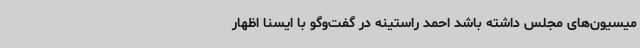
میسیون‌های مجلس داشته باشد احمد راستینه در گفت‌وگو با ایسنا اظهار